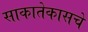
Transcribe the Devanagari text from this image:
साकातेकासचे